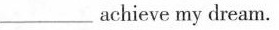
___ achieve my dream.